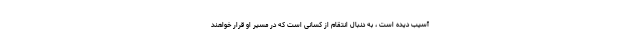
آسیب دیده است ، به دنبال انتقام از کسانی است که در مسیر او قرار خواهند